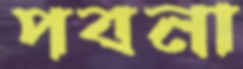
পবনা